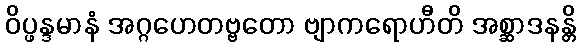
ဝိပ္ဖန္ဒမာနံ အဂ္ဂဟေတဗ္ဗတော ဗျာကရောဟီတိ အစ္ဆာဒနန္တိ